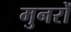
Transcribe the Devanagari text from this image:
मुनरों